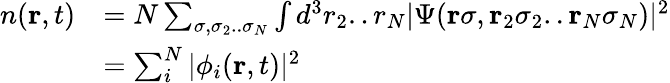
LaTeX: \begin{array}{rl}{n({\mathbf r},t)}&{=N\sum_{\sigma,\sigma_{2}..\sigma_{N}}\int d^{3}r_{2}..r_{N}\vert\Psi({\mathbf r}\sigma,{\mathbf r}_{2}\sigma_{2}..{\mathbf r}_{N}\sigma_{N})\vert^{2}}\\ &{=\sum_{i}^{N}\vert\phi_{i}({\mathbf r},t)\vert^{2}}\end{array}